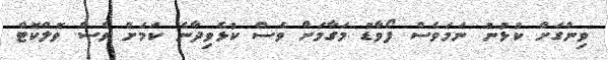
ވިންގަށް ކުޅުނު ނަމަވެސް ފޯވާޑު މަގާމަށް ވެސް ކުޅެވިދާނެ ކަމަށް ވެސް ވޮލްކޮޓް